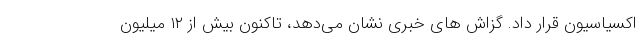
اکسیاسیون قرار داد. گزاش های خبری نشان می‌دهد، تاکنون بیش از ۱۲ میلیون